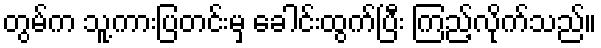
တွမ်က သူ့ကားပြတင်းမှ ခေါင်းထွက်ပြီး ကြည့်လိုက်သည်။